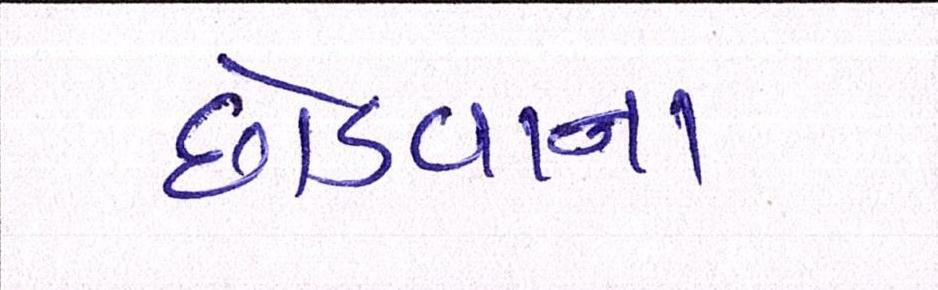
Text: છોડવાના